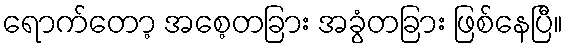
ရောက်တော့ အစေ့တခြား အခွံတခြား ဖြစ်နေပြီ။